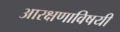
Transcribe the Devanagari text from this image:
आरक्षणाविषयी